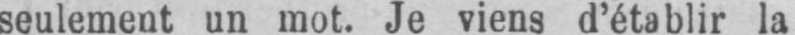
seulement un mot. Je viens d’établir la